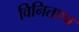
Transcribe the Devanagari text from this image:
विनिताश्व